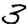
Digit: 3